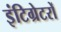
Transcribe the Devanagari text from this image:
इंटिग्रेटरों